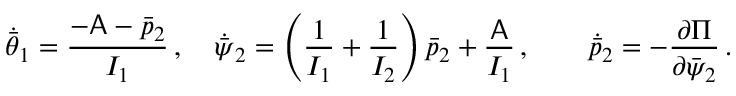
\dot { \bar { \theta } } _ { 1 } = \frac { - \mathsf { A } - \bar { p } _ { 2 } } { I _ { 1 } } \, , \quad \dot { \bar { \psi } } _ { 2 } = \left( \frac { 1 } { I _ { 1 } } + \frac { 1 } { I _ { 2 } } \right) \bar { p } _ { 2 } + \frac { \mathsf { A } } { I _ { 1 } } \, , \qquad \dot { \bar { p } } _ { 2 } = - \frac { \partial \Pi } { \partial \bar { \psi } _ { 2 } } \, .